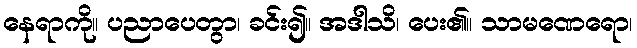
နေရာကို။ ပညာပေတွာ၊ ခင်း၍။ အဒါသိ၊ ပေး၏။ သာမဏေရော၊